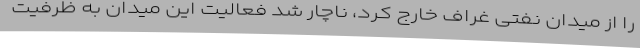
را از میدان نفتی غراف خارج کرد، ناچار شد فعالیت این میدان به ظرفیت